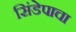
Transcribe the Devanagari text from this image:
सिंडेपाचा